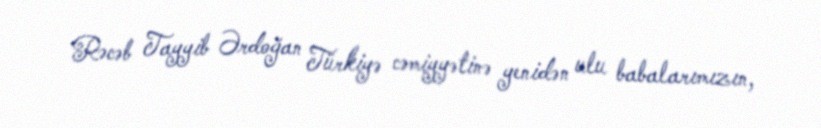
Rəcəb Tayyib Ərdoğan Türkiyə cəmiyyətinə yenidən ulu babalarımızın,